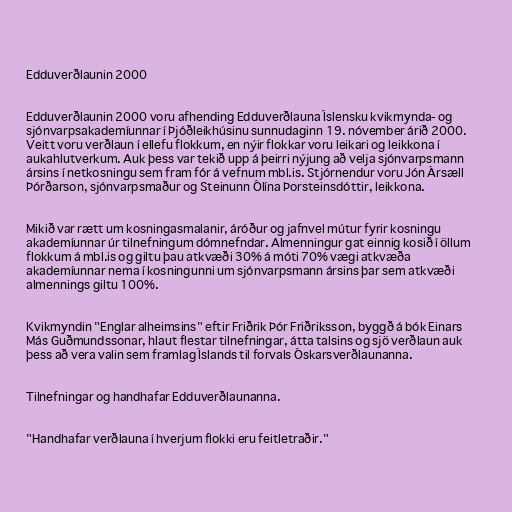
Edduverðlaunin 2000

Edduverðlaunin 2000 voru afhending Edduverðlauna Íslensku kvikmynda- og
sjónvarpsakademíunnar í Þjóðleikhúsinu sunnudaginn 19. nóvember árið 2000.
Veitt voru verðlaun í ellefu flokkum, en nýir flokkar voru leikari og leikkona í
aukahlutverkum. Auk þess var tekið upp á þeirri nýjung að velja sjónvarpsmann
ársins í netkosningu sem fram fór á vefnum mbl.is. Stjórnendur voru Jón Ársæll
Þórðarson, sjónvarpsmaður og Steinunn Ólína Þorsteinsdóttir, leikkona.

Mikið var rætt um kosningasmalanir, áróður og jafnvel mútur fyrir kosningu
akademíunnar úr tilnefningum dómnefndar. Almenningur gat einnig kosið í öllum
flokkum á mbl.is og giltu þau atkvæði 30% á móti 70% vægi atkvæða
akademíunnar nema í kosningunni um sjónvarpsmann ársins þar sem atkvæði
almennings giltu 100%.

Kvikmyndin "Englar alheimsins" eftir Friðrik Þór Friðriksson, byggð á bók Einars
Más Guðmundssonar, hlaut flestar tilnefningar, átta talsins og sjö verðlaun auk
þess að vera valin sem framlag Íslands til forvals Óskarsverðlaunanna.

Tilnefningar og handhafar Edduverðlaunanna.

"Handhafar verðlauna í hverjum flokki eru feitletraðir."